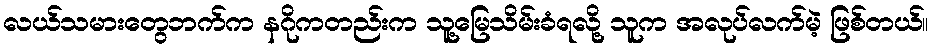
လယ်သမားတွေဘက်က နဂိုကတည်းက သူ့မြေသိမ်းခံရလို့ သူက အလုပ်လက်မဲ့ ဖြစ်တယ်။